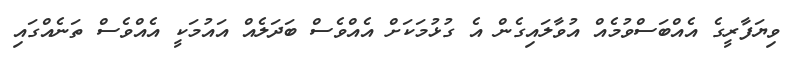
ވިޔަފާރީގެ އެއްބަސްވުމެއް އުވާލައިގެން އެ ގުޅުމަކަށް އެއްވެސް ބަދަލެއް އައުމަކީ އެއްވެސް ތަނެއްގައި